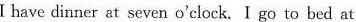
I have dinner at seven o'clock. I go to bed at